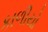
કાળીયો